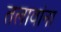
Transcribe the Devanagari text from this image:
तलावांना